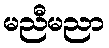
မညီမညာ